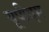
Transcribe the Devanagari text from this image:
यूपीएम